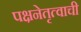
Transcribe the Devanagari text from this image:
पक्षनेतृत्वाची